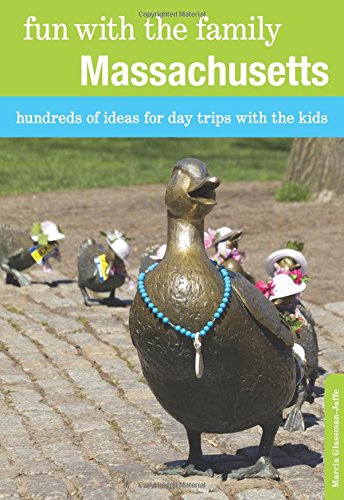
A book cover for Fun with the Family Massachusetts: Hundreds Of Ideas For Day Trips With The Kids (Fun with the Family Series); Marcia Glassman-Jaffe; Travel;